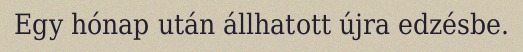
Egy hónap után állhatott újra edzésbe.